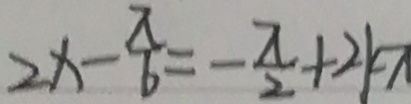
2 x - \frac { \pi } { 6 } = - \frac { \pi } { 2 } + 2 k \pi